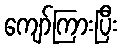
ကျော်ကြားပြီး